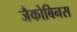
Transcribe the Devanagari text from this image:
जैकोबिनस